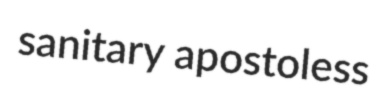
sanitary apostoless